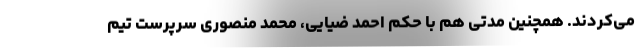
می‌کردند. همچنین مدتی هم با حکم احمد ضیایی، محمد منصوری سرپرست تیم